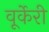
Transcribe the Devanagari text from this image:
वूर्केरी